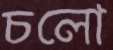
চলো